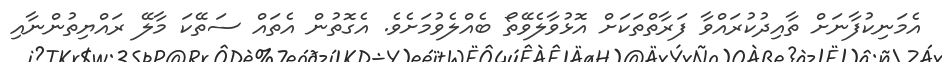
އެމަނިކުފާނަށް ތާއިދުކުރައްވާ ފަރާތްތަކަށް އޮޅުވާލެވޭތޯ ބެއްލެވުމަށެވެ. އެގޮތުން އެތައް ސަތޭކަ މާލޭ ރައްޔިތުންނާއި